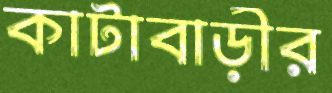
কাটাবাড়ীর